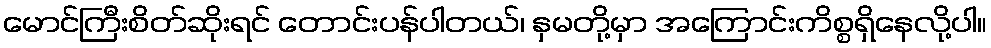
မောင်ကြီးစိတ်ဆိုးရင် တောင်းပန်ပါတယ်၊ နှမတို့မှာ အကြောင်းကိစ္စရှိနေလို့ပါ။